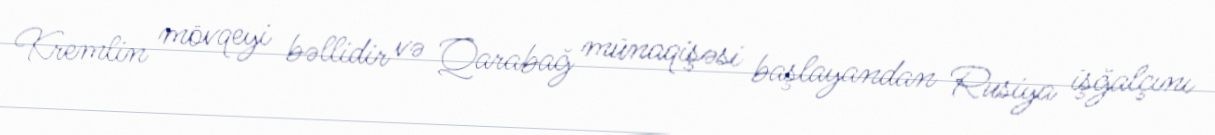
Kremlin mövqeyi bəllidir və Qarabağ münaqişəsi başlayandan Rusiya işğalçını